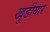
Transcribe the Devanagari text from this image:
खुडीयार